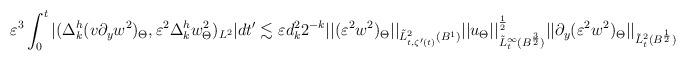
LaTeX: \begin{align*}\begin{aligned}&\varepsilon^3\int_0^t{|(\Delta^h_k(v\partial_yw^2)_\Theta, \varepsilon^2\Delta^h_kw^2_\Theta)_{L^2}|dt'}\lesssim \varepsilon d_k^22^{-k}||(\varepsilon^2 w^2)_\Theta||_{\tilde L^2_{t, \zeta'(t)}(B^1)}||u_\Theta||^\frac 12_{\tilde L^\infty_t(B^\frac 32)}||\partial_y(\varepsilon^2 w^2)_\Theta||_{\tilde L^2_{t}(B^{\frac 12})}\end{aligned}\end{align*}